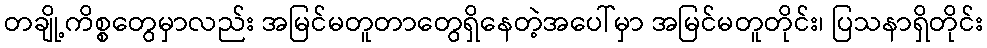
တချို့ကိစ္စတွေမှာလည်း အမြင်မတူတာတွေရှိနေတဲ့အပေါ်မှာ အမြင်မတူတိုင်း၊ ပြသနာရှိတိုင်း